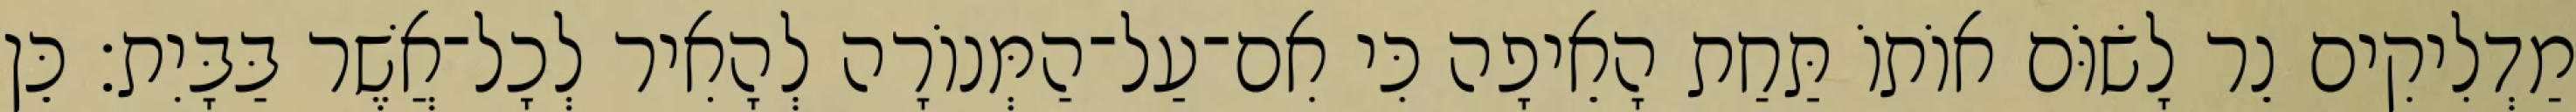
מַדְלִיקִים נֵר לָשׂוֹּם אוֹתוֹ תַּחַת הָאֵיפָה כִּי אִם־עַל־הַמְּנוֹרָה לְהָאִיר לְכָל־אֲשֶׁר בַּבָּיִת׃ כֵּן